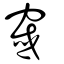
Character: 窢